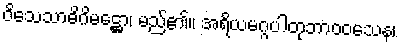
ဝိသေသာဓိဂိမဋ္ဌော၊ မည်၏။ အရိယမဂ္ဂပါတုဘာဝဝသေန၊